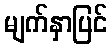
မျက်နှာပြင်